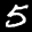
Label: 5